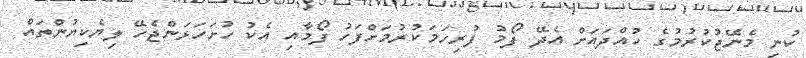
ކުނި މެނޭޖުކުރުމުގެ ހުއްދައަށް އެދޭ ފޯމު ފުރިހަމަކުރުމަށްފަހު ފޯމާއި އެކު ހުށަހަޅަންޖެހޭ ލިޔެކިޔުންތައް